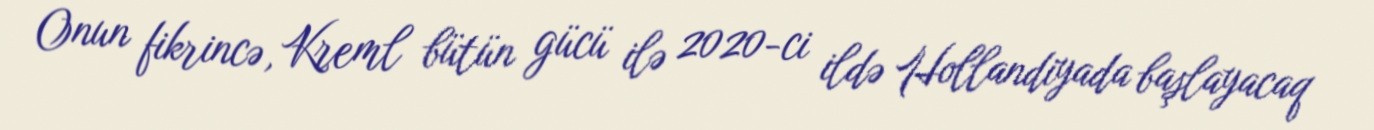
Onun fikrincə, Kreml bütün gücü ilə 2020-ci ildə Hollandiyada başlayacaq